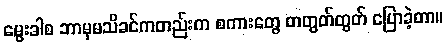
မွေးခါစ ဘာမှမသိခင်ကတည်းက စကားတွေ တတွတ်တွတ် ပြောခဲ့တာ။